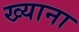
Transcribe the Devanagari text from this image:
ख्याना